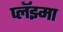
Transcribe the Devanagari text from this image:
प्लॅझ्मा